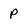
Character: P